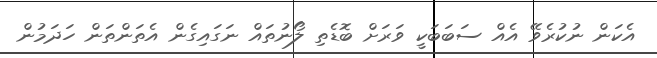
އެކަން ނުކުރެވޭ އެއް ސަބަބަކީ ވަރަށް ބޮޑެތި ލޯނުތައް ނަގައިގެން އެތަންތަން ހަދަމުން